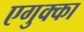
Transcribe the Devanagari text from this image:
एगुक्का